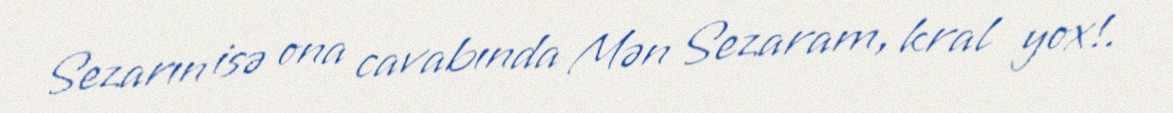
Sezarın isə ona cavabında Mən Sezaram, kral yox!.